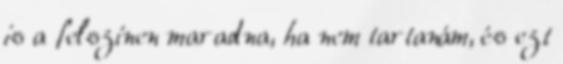
is a felszínen maradna, ha nem tartanám, és ezt